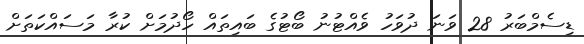
ޑިސެމްބަރު 28 ވަނަ ދުވަހު ވެއްޓުނު ބޯޓުގެ ބައިތައް ހޯދުމަށް ކުރާ މަސައްކަތަށް